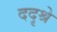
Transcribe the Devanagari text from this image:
ददृश्रे